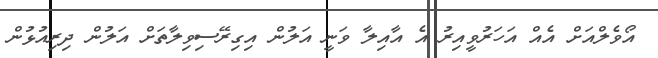
އޯވެލްއަށް އެއް އަހަރުވީއިރު އެ އާއިލާ ވަނީ އަލުން އިގިރޭސިވިލާތަށް އަލުން ދިރިއުޅުން